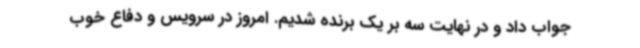
جواب داد و در نهایت سه بر یک برنده شدیم. امروز در سرویس و دفاع خوب